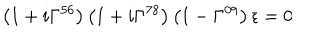
\left( 1 + i \Gamma ^ { 5 6 } \right) \left( 1 + i \Gamma ^ { 7 8 } \right) \left( 1 - \Gamma ^ { 0 9 } \right) \epsilon = 0